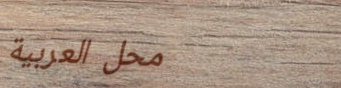
محل العربية